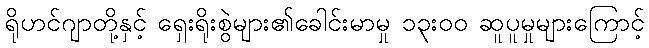
ရိုဟင်ဂျာတို့နှင့် ရှေးရိုးစွဲများ၏ခေါင်းမာမှု ၁၃းဝဝ ဆူပူမှုများကြောင့်